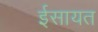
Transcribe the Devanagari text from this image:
ईसायत